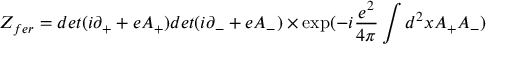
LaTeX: Z _ { f e r } = d e t ( i \partial _ { + } + e A _ { + } ) d e t ( i \partial _ { - } + e A _ { - } ) \times \exp ( - i \frac { e ^ { 2 } } { 4 \pi } \int d ^ { 2 } x A _ { + } A _ { - } )